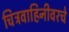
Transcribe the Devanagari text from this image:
चित्रवाहिनीवरचे